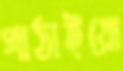
পাঠাইয়ো